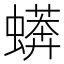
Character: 蠎